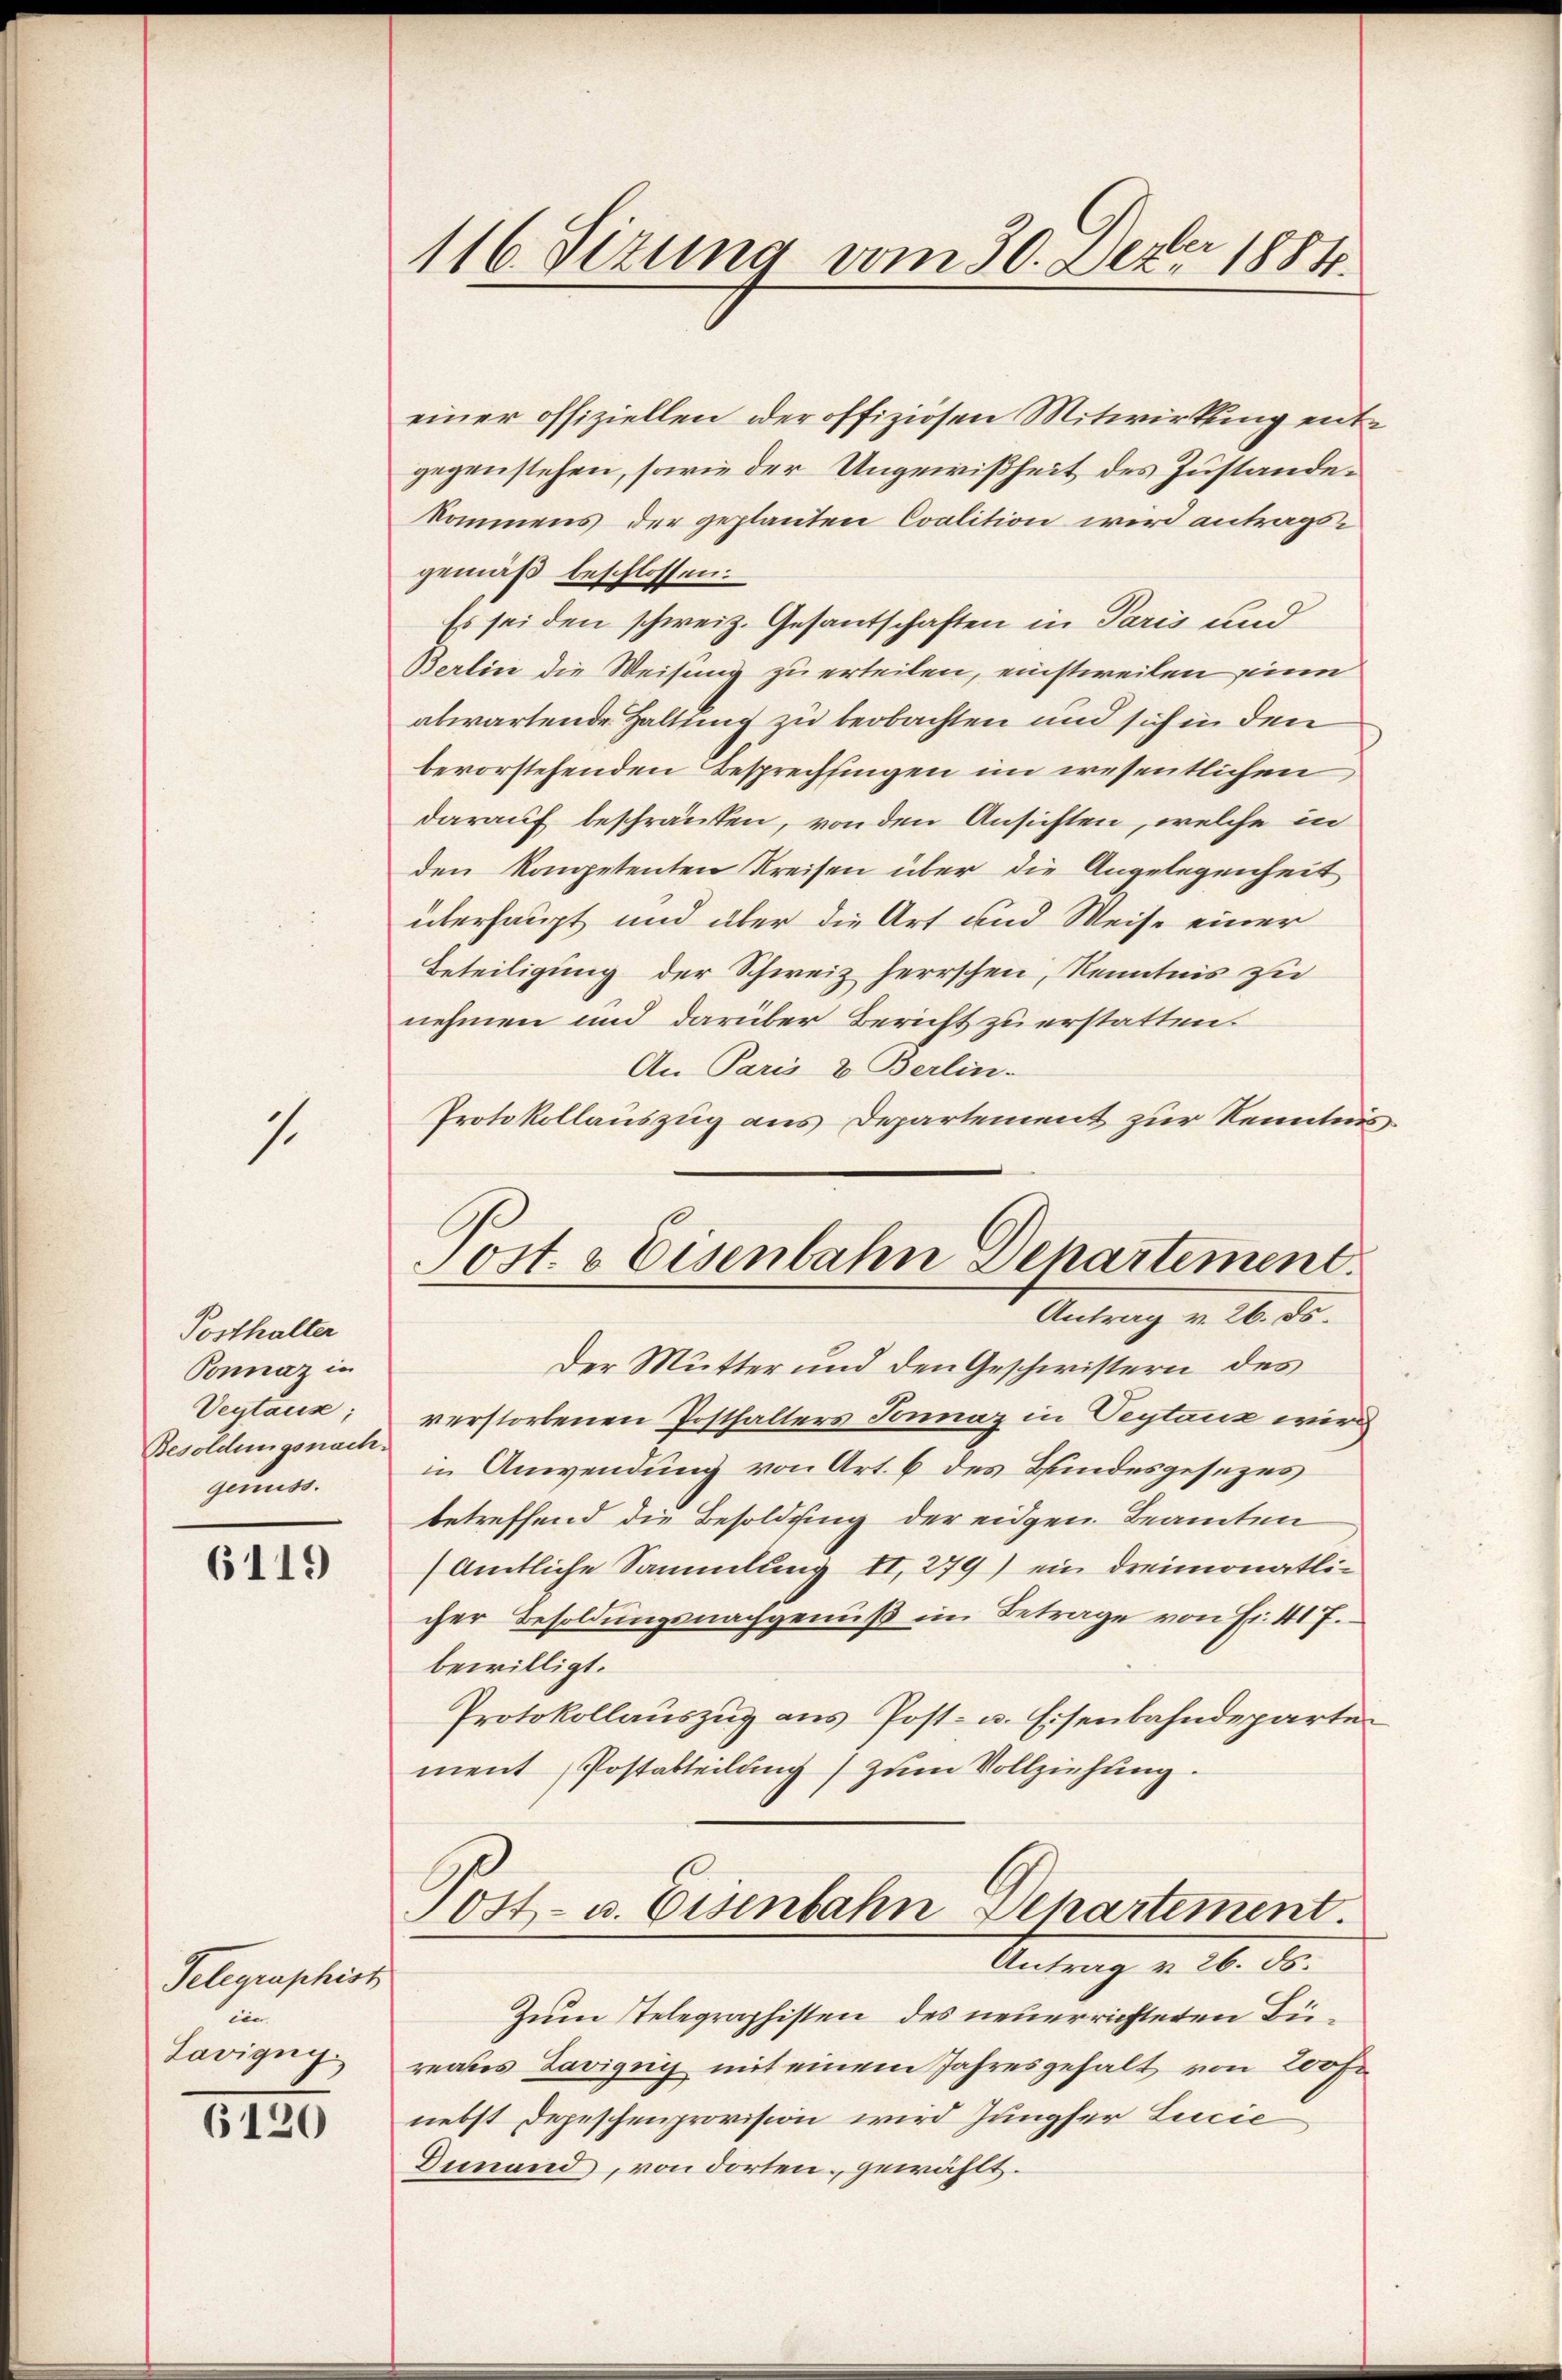
7.

Posthalter
Ponnaz in
Veytaus;
Besoldungsnach.
genuss.

6119

Telegraphist
im
Lavigny

6120

116. Sizung vom 30. Dez. 1884.

einer offiziellen der offiziösen Mitwirkung entgegenstehen, sowie der Ungewißheit des Zustandekommens der geplanten Coalition wird antragsgemäß beschlossen:
Es sei den schweiz. Gesantschaften in Paris und
Berlin die Weisung zu erteilen, einstweilen sinn
abwartende Haltung zu beobachten und sich in den
bevorstehenden Besprechtingen im wesentlichen
darauf beschränken, von den Ansichten, welche in
den kompetenten Kreisen über die Angelegenheit
überhaupt und über die Art und Weise einer
Beteiligung der Schweiz herrschen, Kenntnis zu
nehmen und darüber Bericht zu erstatten.
An Paris u. Berlin-
Protokollauszug aus Departement zur Kenntnis,
Der Mutter und den Geschwistern des
verstorbenen Posthalters Sonnaz in Teytaux wird
in Anwendung von Art. 6 des Bundesgesezes
betreffend die Besoldung der eidgen Beamten
Amtliche Sammlung II, 279) ein dreimonatlicher Besoldungsnachgenuß im Betrage von Fr. 417.
bewilligt.
Protokollauszug aus Post- u. Eisenbahndeparte
ment Postabteilung zum Vollziehung.
Ost- u. Eisenbahn Departement.
Antrag v. 26. ds.
Zum Stelegraphisten des neuerrichteten Birates Davignys mit einem Jahresgehalt von 200 f.
nebst Depeschenprovision wird Jungfer Lucie
Dimand, von dorten, gewählt.

Post. 3 Eisenbahn Departement.
Antrag v. 26. ds.